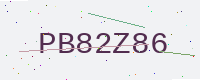
Text: PB82Z86